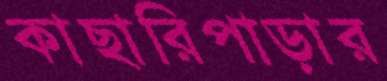
কাছারিপাড়ার